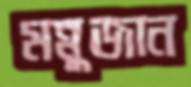
মন্নুজান